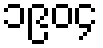
၁၉၀၄